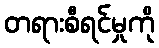
တရားစီရင်မှုကို